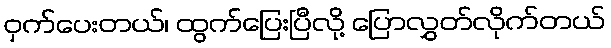
ဝှက်ပေးတယ်၊ ထွက်ပြေးပြီလို့ ပြောလွှတ်လိုက်တယ်